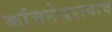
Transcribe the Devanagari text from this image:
कांचनेश्वराचाच